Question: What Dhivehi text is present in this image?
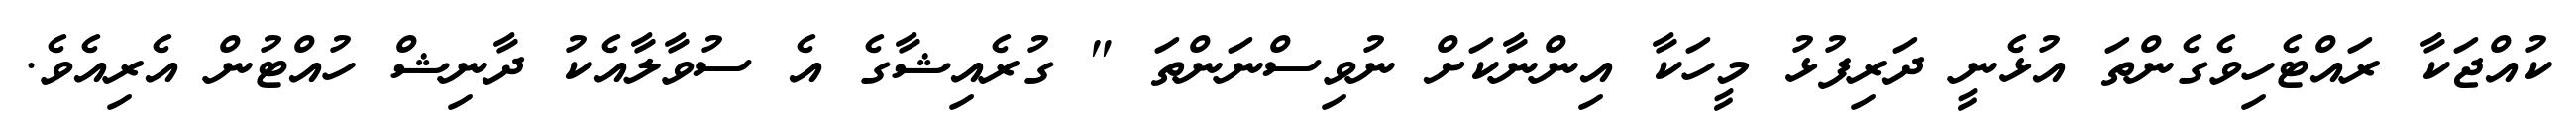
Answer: ކުއްޖަކާ ރައްޓެހިވެގެންތަ އުޅެނީ ދަރިފުޅު މީހަކާ އިންނާކަށް ނުވިސްނަންތަ " ގުރެއިޝާގެ އެ ސުވާލާއެކު ދާނިޝް ހުއްޓުން އެރިއެވެ.